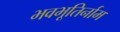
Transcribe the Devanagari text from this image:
भवभूतिर्नाम